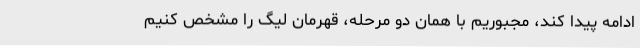
ادامه پیدا کند، مجبوریم با همان دو مرحله، قهرمان لیگ را مشخص کنیم